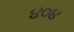
૪૦૪